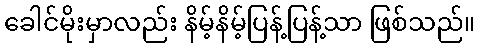
ခေါင်မိုးမှာလည်း နိမ့်နိမ့်ပြန့်ပြန့်သာ ဖြစ်သည်။